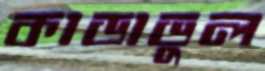
কাডাভুল